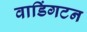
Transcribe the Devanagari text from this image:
वाडिंगटन